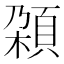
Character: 𩒜